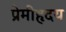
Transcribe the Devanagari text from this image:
प्रेमीहृदय